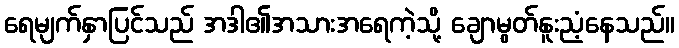
ရေမျက်နှာပြင်သည် အဒါ၏အသားအရေကဲ့သို့ ချောမွတ်နူးညံ့နေသည်။